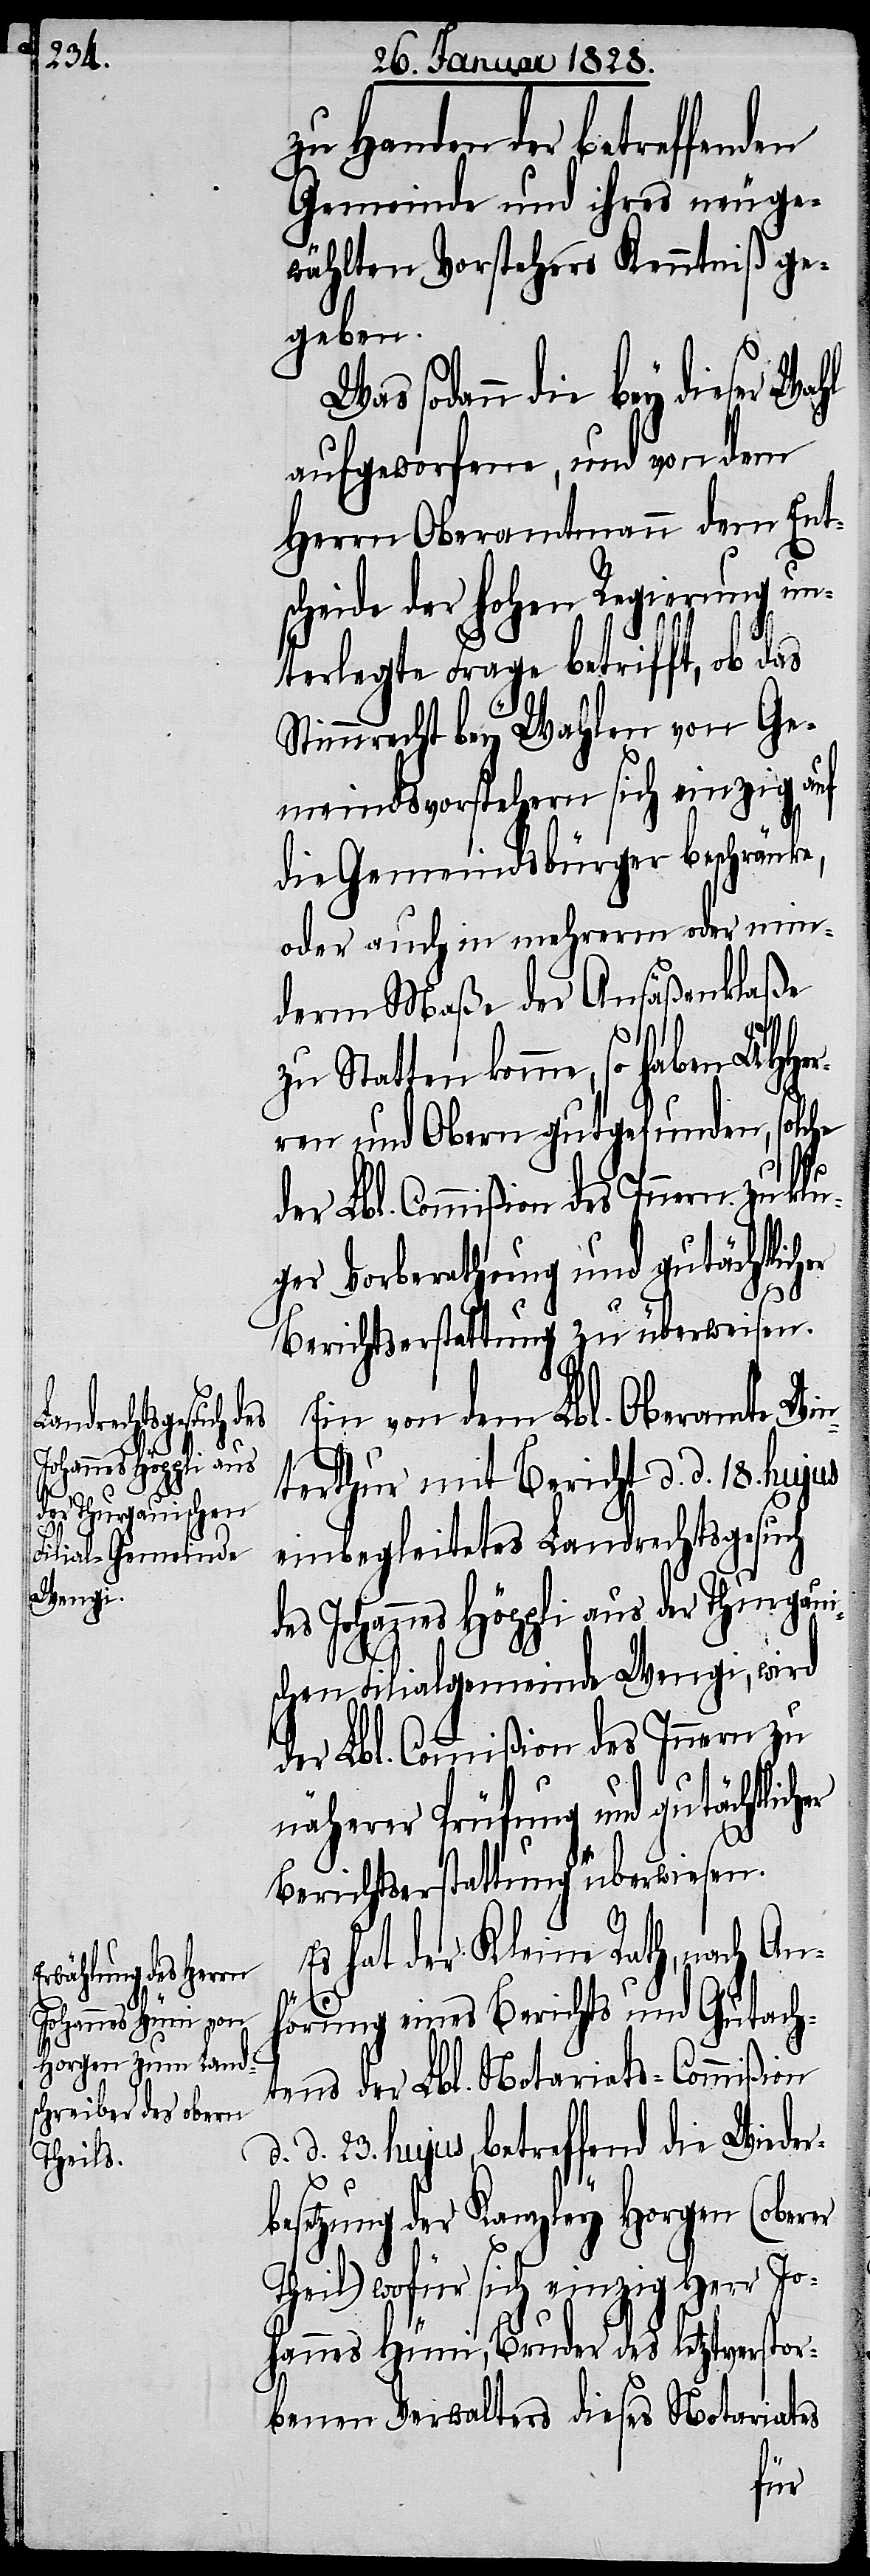
zu Handen der betreffenden
Gemeinde und ihres neuge¬
wählten Vorstehers Kenntniß ge¬
geben.
Was sodann die bey dieser
Herrn Oberamtmann dem Ents¬
cheide der hohen Regierung un¬
terlegte Frage betrifft, ob das
Stimmrecht bey Wahlen von Ge¬
meindsvorstehern sich einzig auf
die Gemeindsbürger beschränke,
oder auch in mehrerm oder min¬
derm Maße der Ansäßenklaße
zu Statten komme, so haben UHHer¬
ren und Obern gutgefunden, solche
der Lbl. Commißion des Innern zu klu¬
ger Vorberathung und gutächtlich¬
er
Berichtserstattung zu überweisen.
Ein von dem Lbl. Oberamte Win¬
terthur mit Bericht d. d. 18. hujus
einbegleitetes Landrechtsgesuch
des Johannes Höppli aus der Thurgaui¬
schen Filialgemeinde Wengi, wird
der Lbl. Commißion des Innern zu
näherer Prüfung und gutächtlicher
d.
Berichtserstattung überwiesen.
Es hat der Kleine Rath, nach An¬
hörung eines Berichts und Gutach¬
tens der Lbl. Notariats-Commißion
d. 23. hujus, betreffend die Wieder¬
besetzung der Kanzley Horgen (oberer
Theil) wofür sich einzig Herr Jo¬
hannes Hüni, Bruder des letztverstor¬
benen Verwalters dieses Notariates